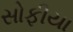
સોફીયા